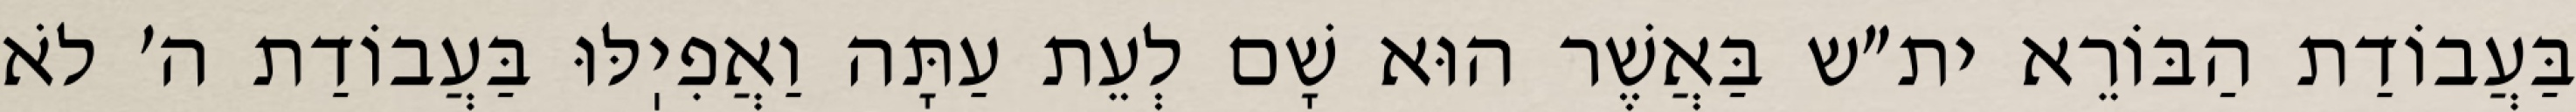
בַּעֲבוֹדַת הַבּוֹרֵא ית״ש בַּאֲשֶׁר הוּא שָׁם לְעֵת עַתָּה וַאֲפִיֽלּוּ בַּעֲבוֹדַת ה׳ לֹא